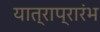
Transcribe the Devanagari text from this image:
यात्राप्रारंभ